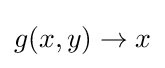
g(x,y)\rightarrow x